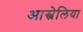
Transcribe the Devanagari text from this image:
आस्त्रेलिया